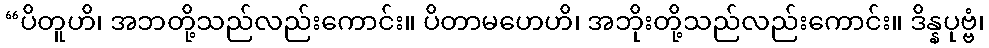
“ပိတူဟိ၊ အဘတို့သည်လည်းကောင်း။ ပိတာမဟေဟိ၊ အဘိုးတို့သည်လည်းကောင်း။ ဒိန္နပုဗ္ဗံ၊